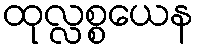
ထုလ္လစ္စယေန